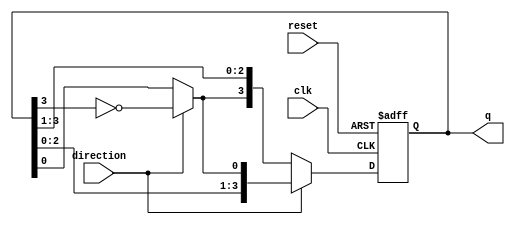
module bidirectional_johnson_counter (
    input wire clk,               // Clock input
    input wire reset,             // Asynchronous reset
    input wire direction,         // Direction control input (1 for up, 0 for down)
    output reg [3:0] q            // 4-bit output representing the current state
);

    // Internal signal for feedback
    wire feedback;

    // Feedback logic based on the direction
    assign feedback = (direction) ? ~q[3] : q[0];

    always @(posedge clk or posedge reset) begin
        if (reset) begin
            q <= 4'b0000;          // Reset the counter to 0
        end else begin
            // Shift the state based on the direction
            if (direction) begin
                // Counting up (Johnson counter behavior)
                q <= {q[2:0], feedback};
            end else begin
                // Counting down (reverse Johnson counter behavior)
                q <= {feedback, q[3:1]};
            end
        end
    end

endmodule